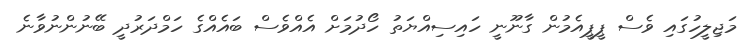
މަޖިލީހުގައި ވެސް ޕީޕީއެމުން ގާނޫނީ ހައިސިއްޔަތު ހޯދުމަށް އެއްވެސް ބައެއްގެ ހަމްދަރުދީ ބޭނުންނުވާނެ